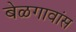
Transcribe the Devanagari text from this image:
बेळगावांस